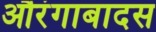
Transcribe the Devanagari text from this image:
औरंगाबादस